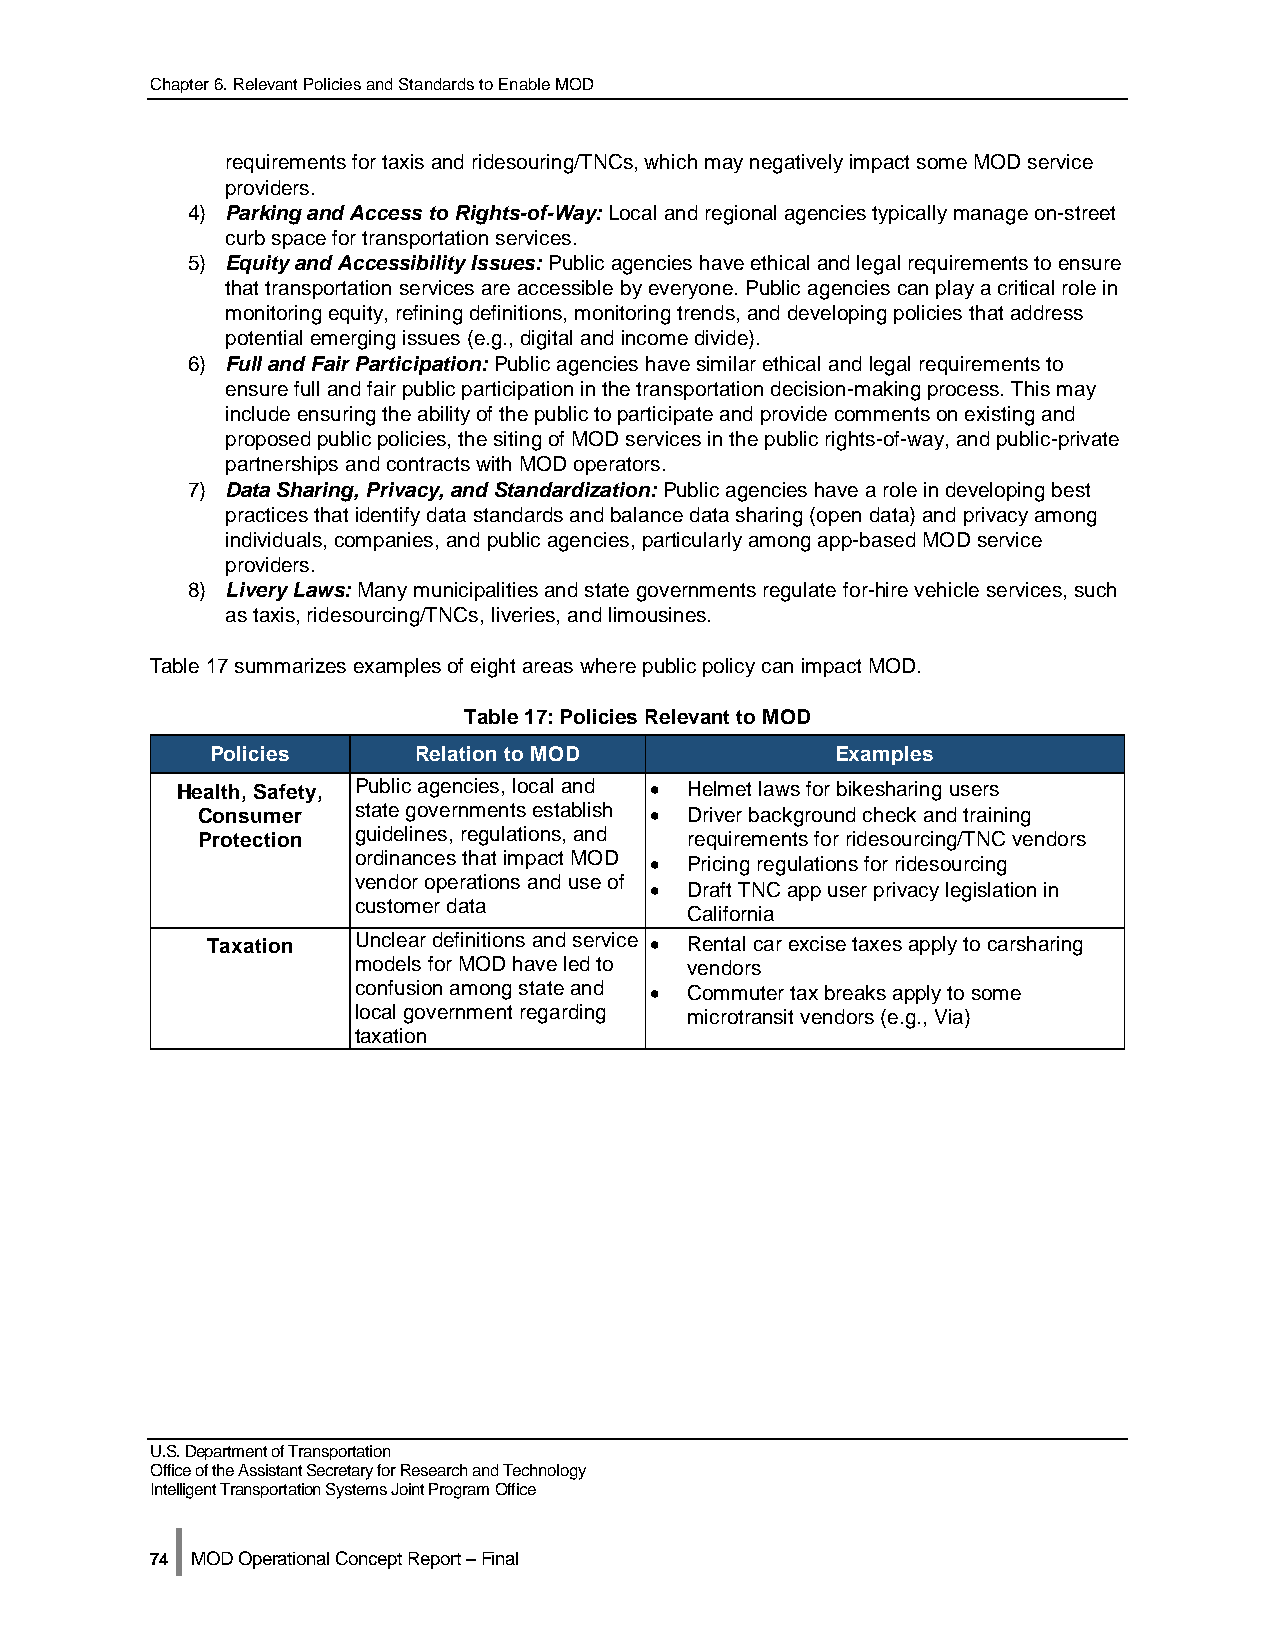
Chapter 6. Relevant Policies and Standards to Enable MOD
 requirements for taxis and ridesouring/TNCs, which may negatively impact some MOD service
 providers.
 4) Parking and Access to Rights-of-Way: Local and regional agencies typically manage on-street
 curb space for transportation services.
 5) Equity and Accessibility Issues: Public agencies have ethical and legal requirements to ensure
 that transportation services are accessible by everyone. Public agencies can play a critical role in
 monitoring equity, refining definitions, monitoring trends, and developing policies that address
 potential emerging issues (e.g., digital and income divide).
 6) Full and Fair Participation: Public agencies have similar ethical and legal requirements to
 ensure full and fair public participation in the transportation decision-making process. This may
 include ensuring the ability of the public to participate and provide comments on existing and
 proposed public policies, the siting of MOD services in the public rights-of-way, and public-private
 partnerships and contracts with MOD operators.
 7) Data Sharing, Privacy, and Standardization: Public agencies have a role in developing best
 practices that identify data standards and balance data sharing (open data) and privacy among
 individuals, companies, and public agencies, particularly among app-based MOD service
 providers.
 8) Livery Laws: Many municipalities and state governments regulate for-hire vehicle services, such
 as taxis, ridesourcing/TNCs, liveries, and limousines.
 Table 17 summarizes examples of eight areas where public policy can impact MOD.
 Table 17: Policies Relevant to MOD
 Policies     Relation to MOD             Examples
 Health, Safety, Public agencies, local and • Helmet laws for bikesharing users
 Consumer  state governments establish • Driver background check and training
 Protection guidelines, regulations, and requirements for ridesourcing/TNC vendors
 ordinances that impact MOD • Pricing regulations for ridesourcing
 vendor operations and use of • Draft TNC app user privacy legislation in
 customer data
 California
 Taxation Unclear definitions and service • Rental car excise taxes apply to carsharing
 models for MOD have led to vendors
 confusion among state and • Commuter tax breaks apply to some
 local government regarding microtransit vendors (e.g., Via)
 taxation
 U.S. Department of Transportation
 Office of the Assistant Secretary for Research and Technology
 Intelligent Transportation Systems Joint Program Office
 |
 74 MOD Operational Concept Report – Final